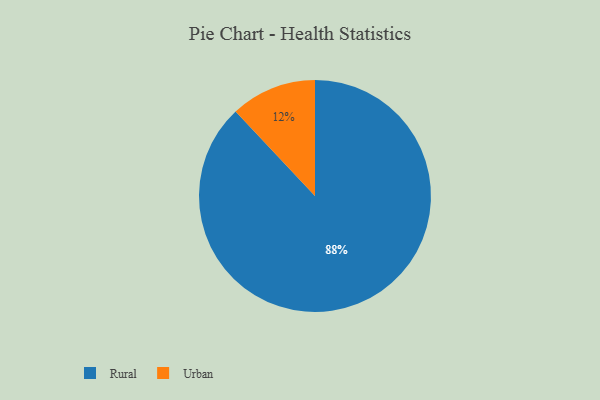
{"axis": {"x": "Category", "y": "Percentage"}, "legend": ["Rural", "Urban"], "data": [{"x": "Urban", "y": 12, "type": "Urban"}, {"x": "Rural", "y": 88, "type": "Rural"}]}